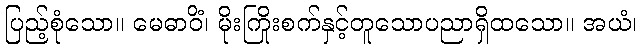
ပြည့်စုံသော။ မေဓာဝိံ၊ မိုးကြိုးစက်နှင့်တူသောပညာရှိထသော။ အယံ၊